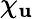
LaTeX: \chi_{\mathbf{u}}